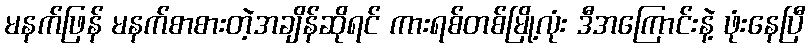
မနက်ဖြန် မနက်စာစားတဲ့အချိန်ဆိုရင် ကားရစ်တစ်မြို့လုံး ဒီအကြောင်းနဲ့ ဖုံးနေပြီ